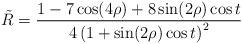
LaTeX: \begin{align*}\tilde R=\frac{1-7\cos (4\rho )+8\sin (2\rho )\cos t}{4\left(1+\sin (2\rho )\cos t\right) ^2}\end{align*}